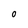
Character: o